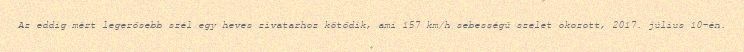
Az eddig mért legerősebb szél egy heves zivatarhoz kötődik, ami 157 km/h sebességű szelet okozott, 2017. július 10-én.